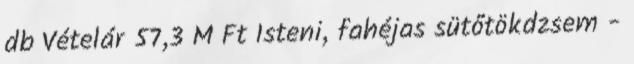
db Vételár 57,3 M Ft Isteni, fahéjas sütőtökdzsem -